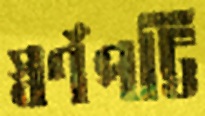
স্বর্ণপট্টি